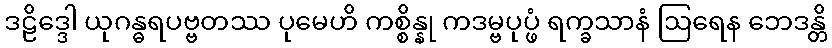
ဒဠိဒ္ဒေါ ယုဂန္ဓရပဗ္ဗတဿ ပုမေဟိ ကစ္စိန္နု ကဒမ္ဗပုပ္ဖံ ရက္ခသာနံ ဩရေန ဘေဒန္တိ